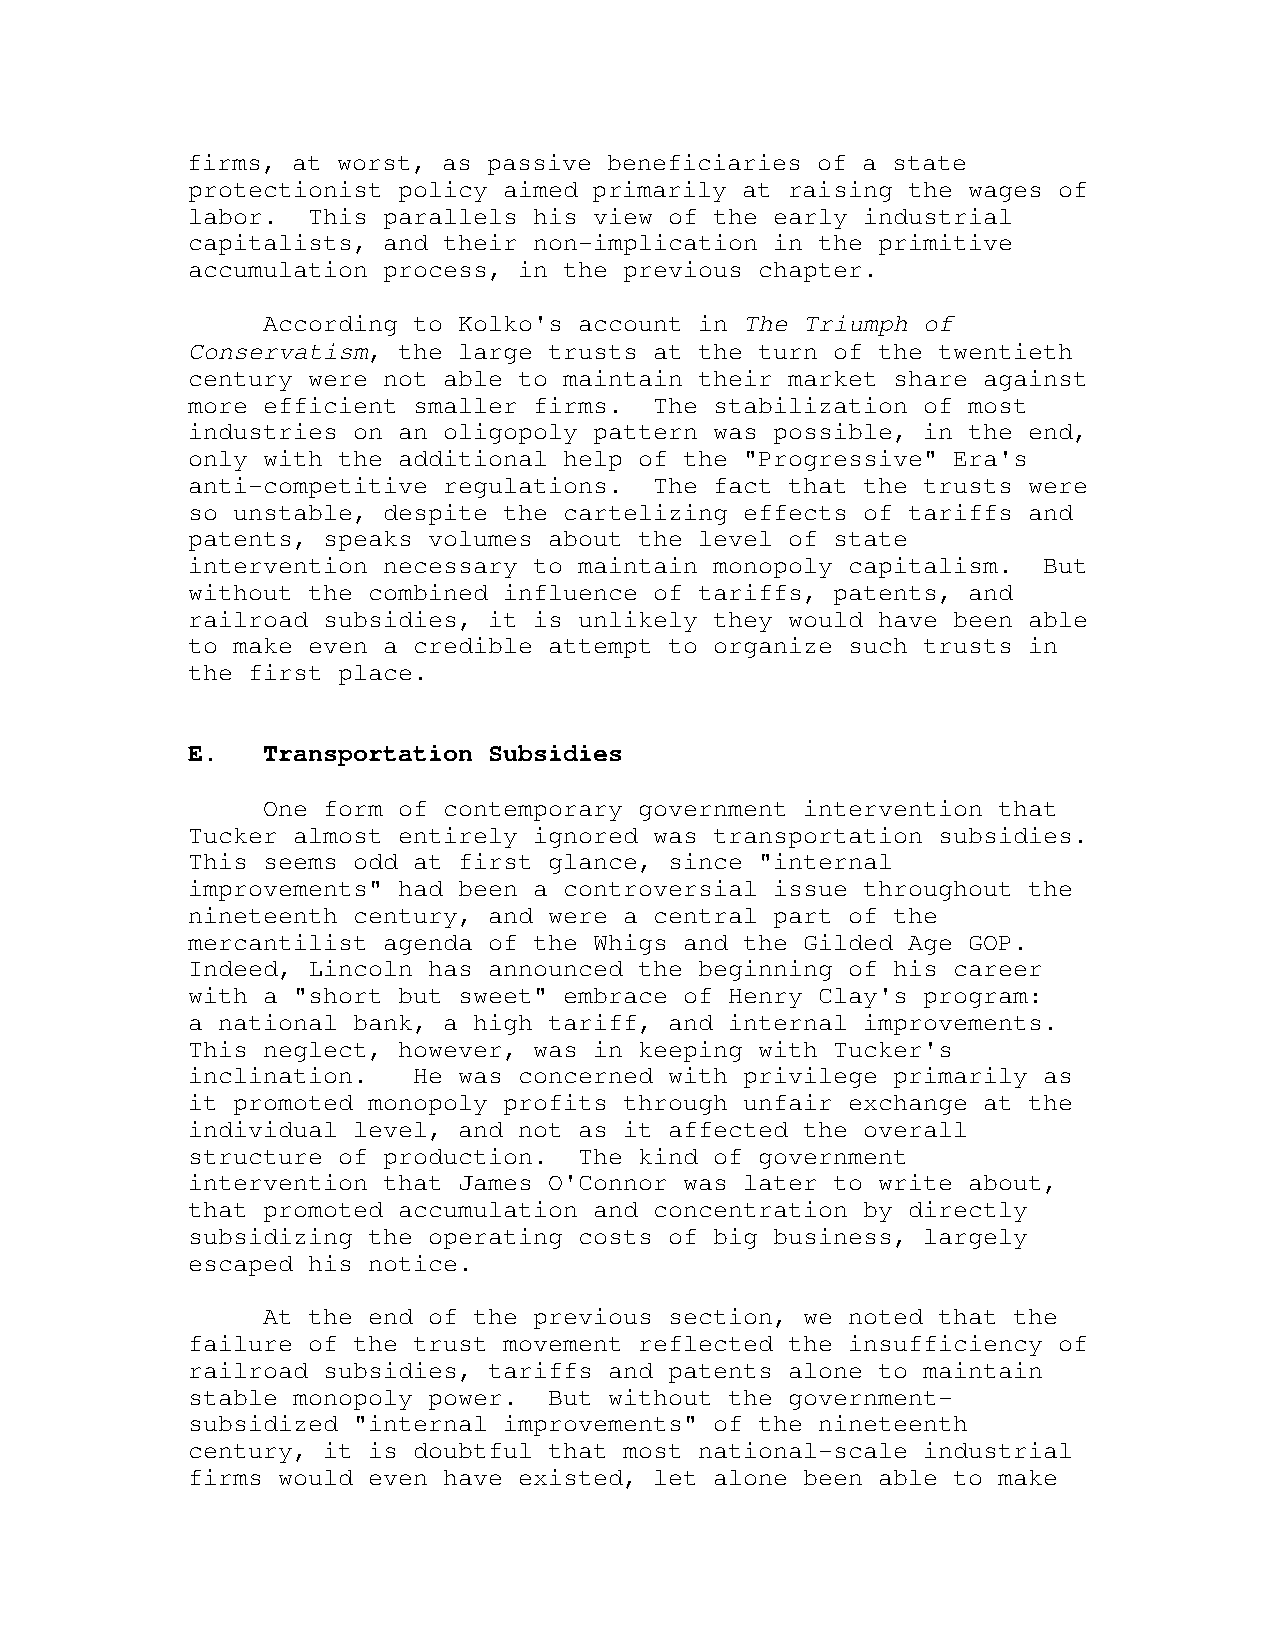
firms, at worst, as passive beneficiaries of a state
 protectionist policy aimed primarily at raising the wages of
 labor.  This parallels his view of the early industrial
 capitalists, and their non-implication in the primitive
 accumulation process, in the previous chapter.
 According to Kolko's account in The Triumph of
 Conservatism, the large trusts at the turn of the twentieth
 century were not able to maintain their market share against
 more efficient smaller firms.  The stabilization of most
 industries on an oligopoly pattern was possible, in the end,
 only with the additional help of the "Progressive" Era's
 anti-competitive regulations.  The fact that the trusts were
 so unstable, despite the cartelizing effects of tariffs and
 patents, speaks volumes about the level of state
 intervention necessary to maintain monopoly capitalism.  But
 without the combined influence of tariffs, patents, and
 railroad subsidies, it is unlikely they would have been able
 to make even a credible attempt to organize such trusts in
 the first place.
 E.   Transportation Subsidies
 One form of contemporary government intervention that
 Tucker almost entirely ignored was transportation subsidies.
 This seems odd at first glance, since "internal
 improvements" had been a controversial issue throughout the
 nineteenth century, and were a central part of the
 mercantilist agenda of the Whigs and the Gilded Age GOP.
 Indeed, Lincoln has announced the beginning of his career
 with a "short but sweet" embrace of Henry Clay's program:
 a national bank, a high tariff, and internal improvements.
 This neglect, however, was in keeping with Tucker's
 inclination.   He was concerned with privilege primarily as
 it promoted monopoly profits through unfair exchange at the
 individual level, and not as it affected the overall
 structure of production.  The kind of government
 intervention that James O'Connor was later to write about,
 that promoted accumulation and concentration by directly
 subsidizing the operating costs of big business, largely
 escaped his notice.
 At the end of the previous section, we noted that the
 failure of the trust movement reflected the insufficiency of
 railroad subsidies, tariffs and patents alone to maintain
 stable monopoly power.  But without the government-
 subsidized "internal improvements" of the nineteenth
 century, it is doubtful that most national-scale industrial
 firms would even have existed, let alone been able to make